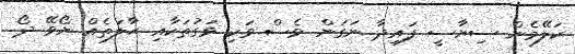
ކަލޭމެން ސިޔާސީ ފައިދާ ނަގަން ވެސް ވަކި ވަގުތަކާއި ޙާލަތެއް ނޯވޭ ދޯ